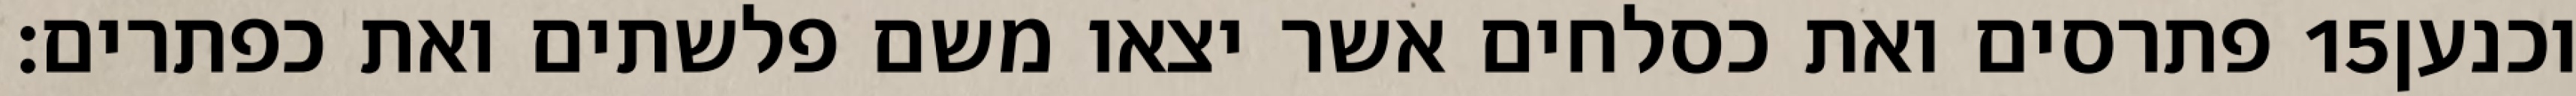
פתרסים ואת כסלחים אשר יצאו משם פלשתים ואת כפתרים׃ ‎15‏ וכנען